Civil Veterinary Department Bihar reports 1940-50 - 1940-1950
Year: 1940
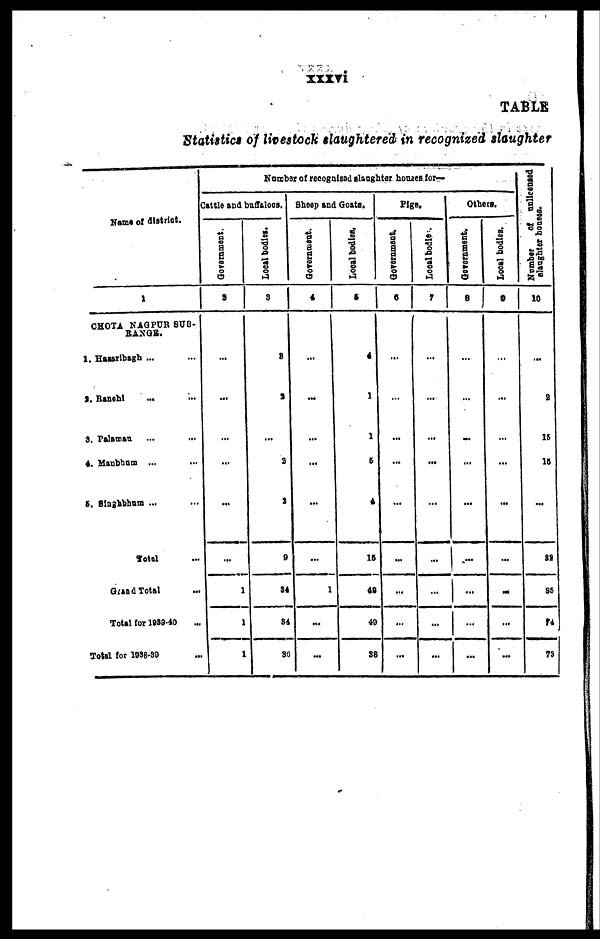
xxxvi
TABLE
Statistics of livestock slaughtered in recognized slaughter
Name of district.
1
CHOTA NAGPUR SUB-
RANGE.
1. Hazaribagh ... ...
2. Ranchi ... ...
3. Palaman ... ...
4. Manbhum ... ...
5. Singhbhum ... ...
Total ...
Grand Total ...
Total for 1980-40 ...
Total for 1938-39 ...
Number of recognised slaughter hornet tor—
Cattle and buffaloes.
Government.
2
...
...
...
...
...
...
1
1
1
Local bodies.
3
2
2
...
2
1
9
34
34
30
Sheep and Goats.
Government.
4
...
...
...
...
...
...
1
...
...
Local bodies.
5
4
1
1
6
A
16
42
40
38
Pigs.
Government,
6
...
...
...
...
...
...
...
...
...
Loeal bodies .
7
...
...
...
...
...
...
...
...
...
Others.
Government.
8
...
...
...
...
...
...
...
...
...
Local bodies.
9
...
...
...
...
...
...
...
...
...
Number of unlicensed
slaughter houses.
10
...
2
15
16
...
22
85
74
73